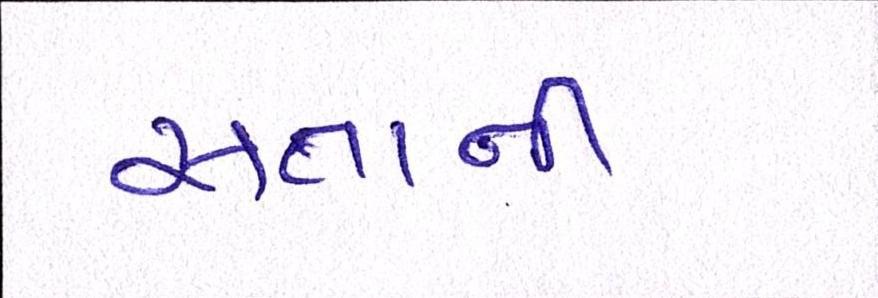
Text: સત્તાની